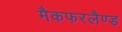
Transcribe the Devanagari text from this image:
मैकफरलैण्ड